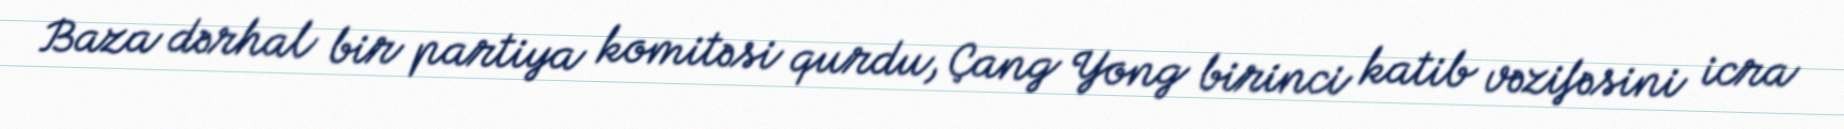
Baza dərhal bir partiya komitəsi qurdu, Çang Yong birinci katib vəzifəsini icra